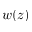
w ( z )